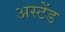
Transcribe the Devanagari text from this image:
अस्टेंड